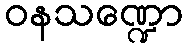
ဝနသဏ္ဍော